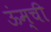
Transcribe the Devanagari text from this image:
ऊंम्ची